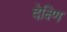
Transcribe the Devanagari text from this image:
देक्ष्णि